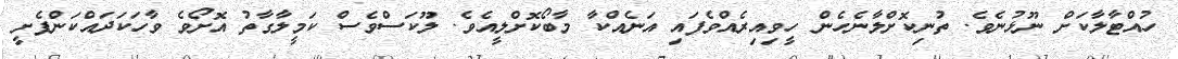
ހުއްޓާލާކަށް ނޫޅުނެވެ. ތުނިކޮށްލާނެހެން ހީވިއިރެއްވެފައި އަނެއްކާ މާބޯކޮށްލީއެވެ. ލޫކަސްވެސް ކަމީލާގާތު އޮށޯވެ ވާހަކަދައްކަންފެށީ